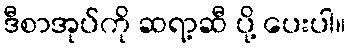
ဒီစာအုပ်ကို ဆရာ့ဆီ ပို့ ပေးပါ။